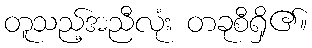
တူသည့်အညီလုံး တခုစီရှိ၏။